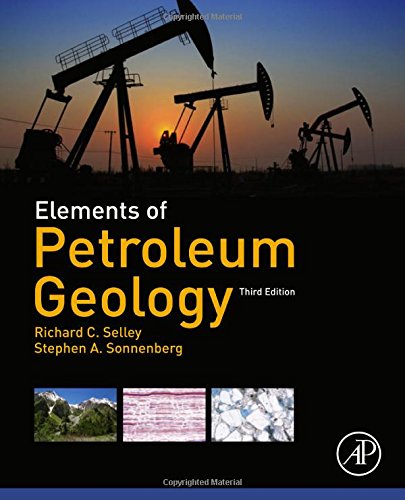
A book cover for Elements of Petroleum Geology, Third Edition; Richard C. Selley; Science & Math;